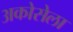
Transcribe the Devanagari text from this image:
अकोसेला